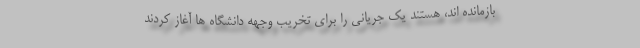
بازمانده اند، هستند یک جریانی را برای تخریب وجهه دانشگاه ها آغاز کردند